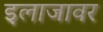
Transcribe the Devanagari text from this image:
इलाजावर